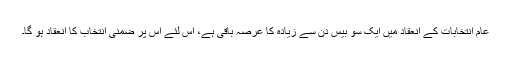
عام انتخابات کے انعقاد میں ایک سو بیس دن سے زیادہ کا عرصہ باقی ہے، اس لئے اس پر ضمنی انتخاب کا انعقاد ہو گا۔